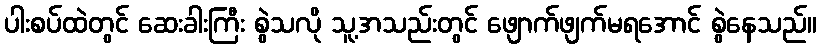
ပါးစပ်ထဲတွင် ဆေးခါးကြီး စွဲသလို သူ့အသည်းတွင် ဖျောက်ဖျက်မရအောင် စွဲနေသည်။